Indian journal of veterinary science and animal husbandry - Volume 10,
Year: 1940
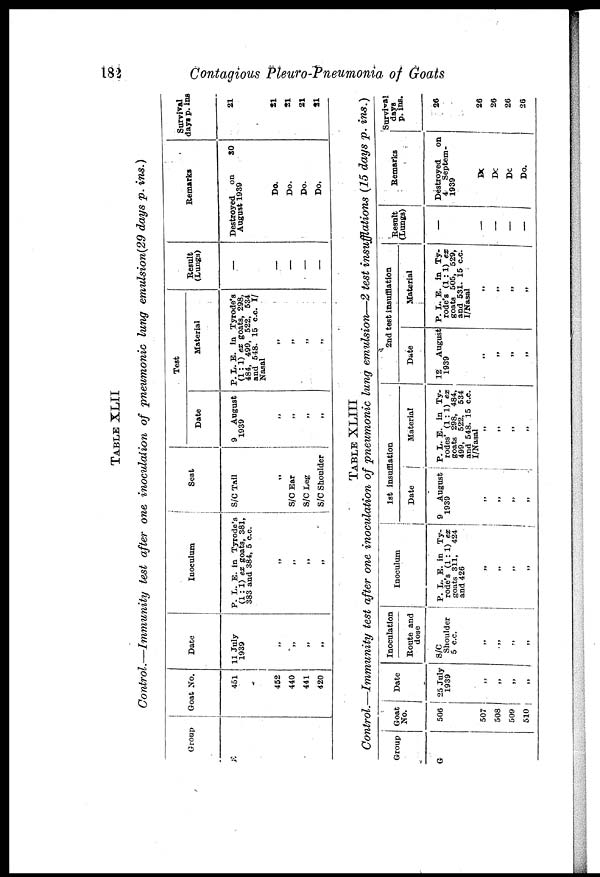
182
Contagious Pleuro-Pneumonia of Goats
TABLE XLII
Control.—Immunity test after one inoculation of pneumonic lung emulsion(29 days p. ins.)
Group
E
Goat No.
451
452
440
441
420
Date
11 July
1939
„
„
„
„
Inoculum
P. L. E. in Tyrode's
(1 : 1) ex goats, 381,
383 and 384, 5 c.c.
„
„
„
„
Seat
S/C Tail
„
S/C Ear
S/C Leg
S/C Shoulder
Test
Date
9 August
1939
„
„
„
„
Material
P. L. E. in Tyrode's
(1:1) ex goats, 298,
484, 499, 522, 534
and 548. 15 c.c. I
Nasal
„
„
„
„
Result
(Lungs)
—
—
—
—
—
Remarks
Destroyed on
30
August 1939
Do.
Do.
Do.
Do.
Survival
days p. ins
21
21
21
21
21
TABLE XLIII
Control.—Immunity test after one inoculation of pneumonic lung emulsion—2 test insufflations (15 days p. ins.)
Group
G
Goat
No.
506
507
508
509
510
Date
25 July
1939
„
„
„
„
Inoculation
Route and
dose
S/C
Shoulder
5 c.c.
„
„ „
„
Inoculum
P. L. E. in Ty-
rode's (1: 1) ex
goats 311, 424
and 426
„
„
„
„
1st insufflation
Date
9 August
1939
„
„
„
„
Material
P. L. E. in Ty-
rodes' (1:1) ex
goats 298, 484,
499, 522, 534
and 548. 15 c.c.
I/Nasal
„
„
„
„
2nd test insufflation
Date
12 August
1939
„
„
„
„
material
P. L. E. in Ty-
rode's (1:1) ex
goats 505, 529,
and 531. 15 c.c.
I/Nasal
„
„
„
„
Result
(Lungs)
—
—
—
—
—
Remarks
Destroyed on
4 Septem-
1939
Do
Do
Do
Do.
Survival
days
p. ins.
26
26
26
26
26